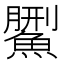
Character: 𩺄